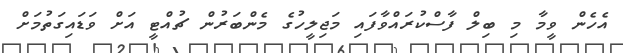
އެހެން ވީމާ މި ބިލް ފާސްކުރައްވާފައި މަޖިލީހުގެ މެންބަރުން ޗުއްޓީ އަށް ވަޑައިގަތުމަށް